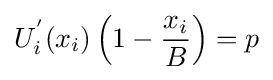
U_{i}^{'}(x_{i})\left(1-{\frac {x_{i}}{B}}\right)=p